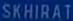
SKHIRAT